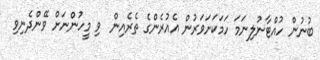
ބުނުން ހުއްޓާނުލިނަމަ ހަމަކަށަވަރުން އެއުރެންގެ ތެރެއިން  ވި މީހުންނަށް ވޭންދެނިވި